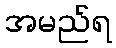
အမည်ရ